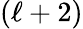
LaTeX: (\ell+2)